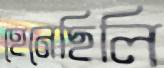
হেনেছিলি